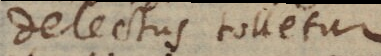
delectus tolletur,